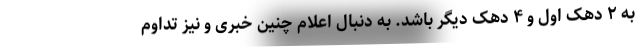
به ۲ دهک اول و ۴ دهک دیگر باشد. به دنبال اعلام چنین خبری و نیز تداوم